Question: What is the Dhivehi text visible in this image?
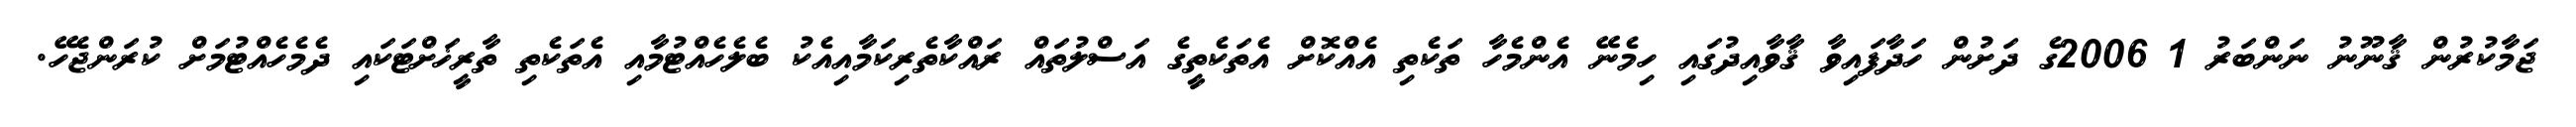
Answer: ޖަމާކުރުން ޤާނޫނު ނަންބަރު 1 2006ގެ ދަށުން ހަދާފައިވާ ޤާވާއިދުގައި ހިމެނޭ އެންމެހާ ތަކެތި އެއްކޮށް އެތަކެތީގެ އަސްލުތައް ރައްކާތެރިކަމާއިއެކު ބެލެހެއްޓުމާއި އެތަކެތި ތާރީޚަށްޓަކައި ދެމެހެއްޓުމަށް ކުރަންޖެހޭ.